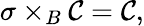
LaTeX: \sigma\times_{B}{\cal{C}}={\cal{C}},